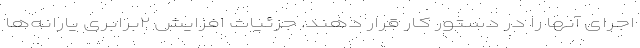
اجرای آنها را در دستور کار قرار دهند. جزئیات افزایش ۲برابری یارانه‌ها